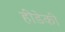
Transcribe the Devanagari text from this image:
हीडेकी